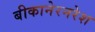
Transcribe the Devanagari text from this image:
बीकानेरनरेश